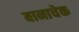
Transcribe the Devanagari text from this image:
बानाचेक